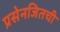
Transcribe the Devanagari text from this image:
प्रसेनजितची